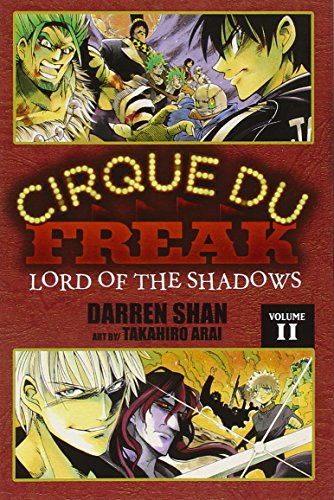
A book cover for Cirque Du Freak: The Manga, Vol. 11: Lord of the Shadows; Darren Shan; Teen & Young Adult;